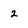
Character: 2